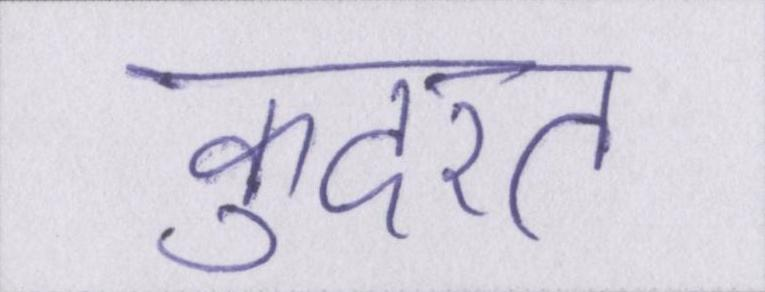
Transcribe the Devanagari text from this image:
कुदरत